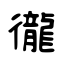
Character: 徿